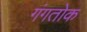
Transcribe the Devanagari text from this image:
गंगतोक